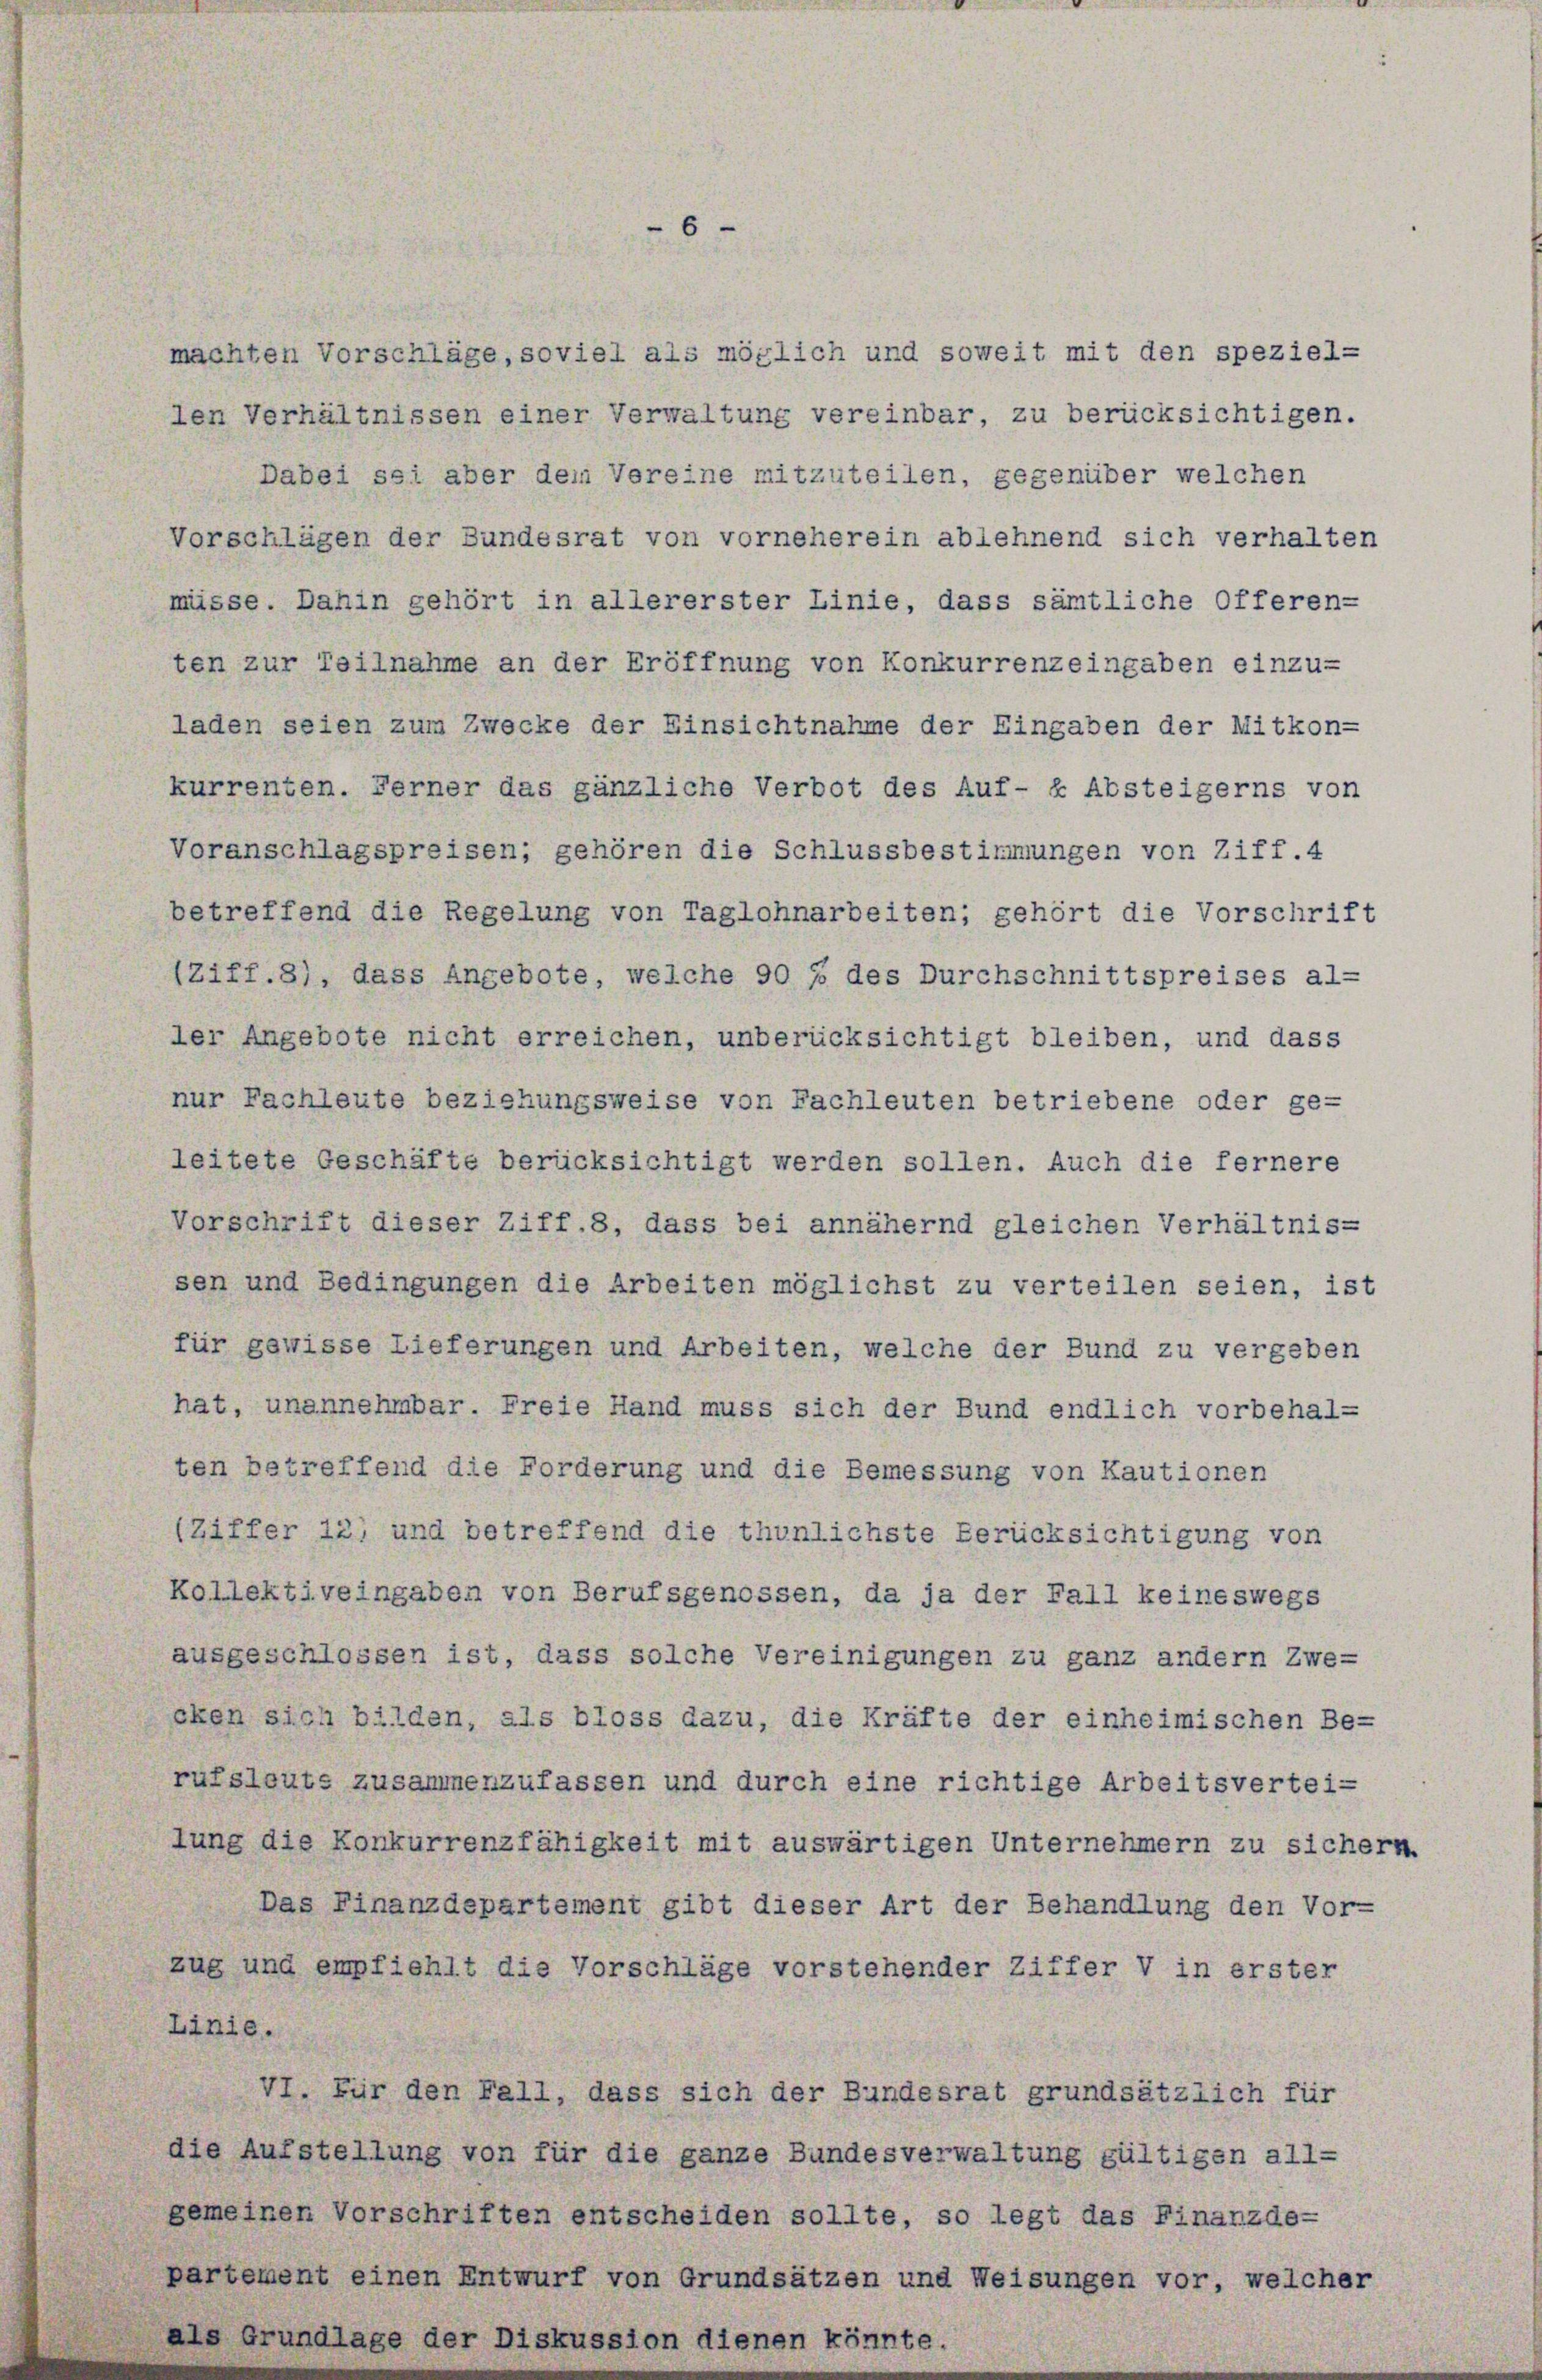
6

machten Vorschläge, soviel als möglich und soweit mit den speziel¬

len Verhältnissen einer Verwaltung vereinbar, zu berücksichtigen.
Dabei sei aber dem Vereine mitzuteilen, gegenüber welchen
Vorschlägen der Bundesrat von vorneherein ablehnend sich verhalten
müsse. Dahin gehört in allererster Linie, dass sämtliche Offeren-
ten zur Teilnahme an der Eröffnung von Konkurrenzeingaben einzu-
laden seien zum Zwecke der Einsichtnahme der Eingaben der Mitkon-
kurrenten. Ferner das gänzliche Verbot des Auf- « Absteigerns von
Voranschlagspreisen; gehören die Schlussbestimmungen von Ziff.4
betreffend die Regelung von Taglohnarbeiten; gehört die Vorschrift
(Ziff.8), dass Angebote, welche 90 f. des Durchschnittspreises al-
ler Angebote nicht erreichen, unberücksichtigt bleiben, und dass
nur Fachleute beziehungsweise von Fachleuten betriebene oder ge-
leitete Geschäfte berücksichtigt werden sollen. Auch die fernere
Vorschrift dieser Ziff.8, dass bei annähernd gleichen Verhältnis-
sen und Bedingungen die Arbeiten möglichst zu verteilen seien, ist
für gewisse Lieferungen und Arbeiten, welche der Bund zu vergeben
hat, unannehmbar. Freie Hand muss sich der Bund endlich vorbehal-
ten betreffend die Forderung und die Bemessung von Kautionen
(Ziffer 12) und betreffend die thunlichste Berücksichtigung von
Kollektiveingaben von Berufsgenossen, da ja der Fall keineswegs
ausgeschlossen ist, dass solche Vereinigungen zu ganz andern Zwecken sich bilden, als bloss dazu, die Kräfte der einheimischen Be-
rufslouts zusammenzufassen und durch eine richtige Arbeitsvertei-
lung die Konkurrenzfähigkeit mit auswärtigen Unternehmern zu sichern.
Das Finanzdepartement gibt dieser Art der Behandlung den Vor-
zug und empfiehlt die Vorschläge vorstehender Ziffer V in erster
Linie.
VI. Für den Fall, dass sich der Bundesrat grundsätzlich für
die Aufstellung von für die ganze Bundesverwaltung gültigen all-
gemeinen Vorschriften entscheiden sollte, so legt das Finanzde-
partement einen Entwurf von Grundsätzen und Weisungen vor, welcher
als Grundlage der Diskussion dienen könnte.